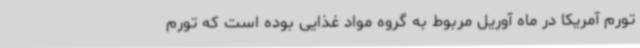
تورم آمریکا در ماه آوریل مربوط به گروه مواد غذایی بوده است که تورم